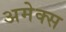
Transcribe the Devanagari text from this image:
अमेक्स